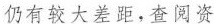
仍有较大差距，查阅资